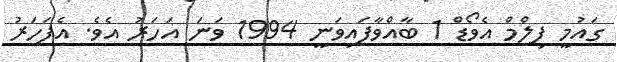
ގައުމީ ފިލްމް އެވޯޑް 1 ބާއްވާފައިވަނީ 1994 ވަނަ އަހަރު އެވެ. އެފަހަރު